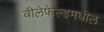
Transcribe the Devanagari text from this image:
बीलेफेल्डमधील